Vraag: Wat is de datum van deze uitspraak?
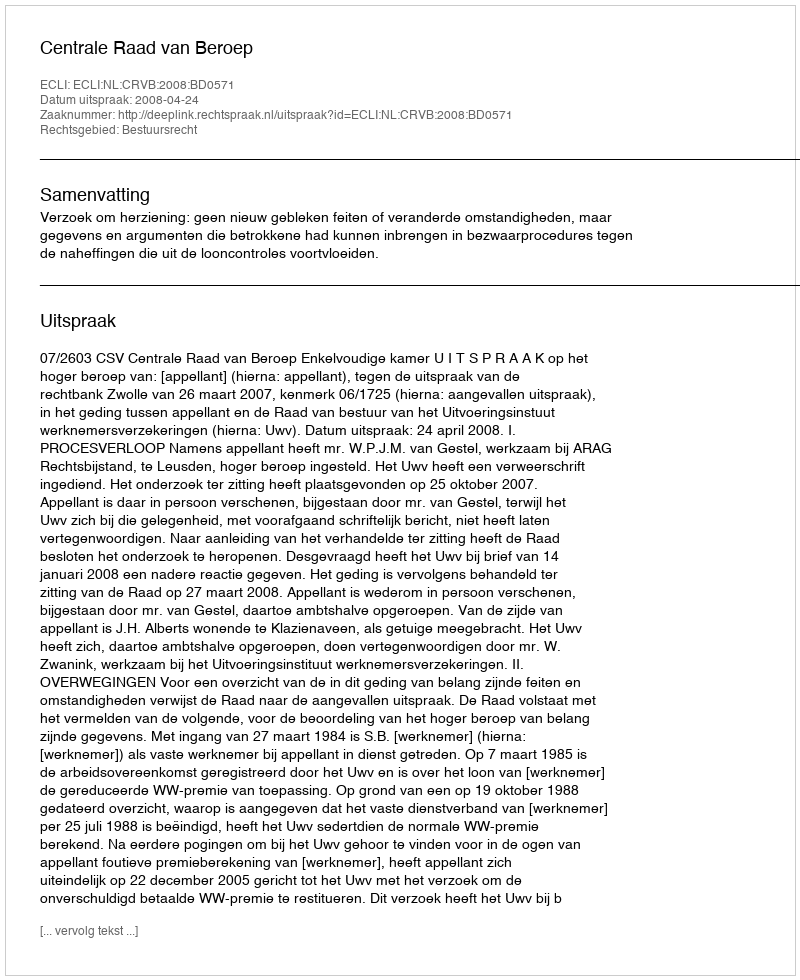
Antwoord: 2008-04-24